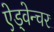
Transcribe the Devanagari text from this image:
ऐड्वेन्चर